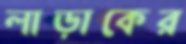
লাড়াকের